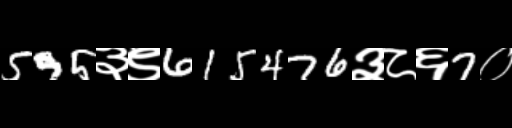
Text: 595३९615476३८६7०